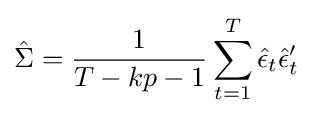
{\hat {\Sigma }}={\frac {1}{T-kp-1}}\sum _{t=1}^{T}{\hat {\epsilon }}_{t}{\hat {\epsilon }}_{t}'